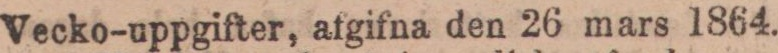
Vecko-uppgifter, afgifna den 26 mars 1864.